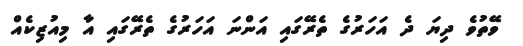
ވޭތުވެ ދިޔަ ދެ އަހަރުގެ ތެރޭގައި އަންނަ އަހަރުގެ ތެރޭގައި އާ މިއުޒިކެއް